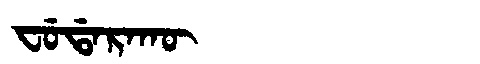
Manchu: ᠸᡠᡩᠠᡵᠠᡴᡡ
Romanization: FUDARAKŪ